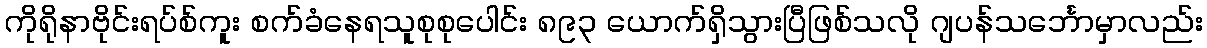
ကိုရိုနာဗိုင်းရပ်စ်ကူး စက်ခံနေရသူစုစုပေါင်း ၈၉၃ ယောက်ရှိသွားပြီဖြစ်သလို ဂျပန်သင်္ဘောမှာလည်း